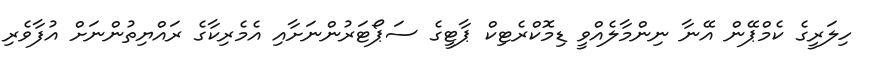
ހިލަރީގެ ކެމްޕޭން އޭނާ ނިންމާލެއްވީ ޑިމޮކްރެޓިކް ޕާޓީގެ ސަޕޯޓަރުންނަށާއި އެމެރިކާގެ ރައްޔިތުންނަށް އުފާވެރި